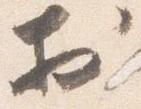
於